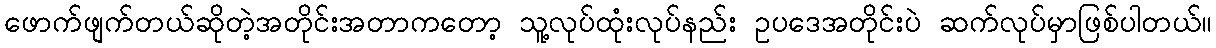
ဖောက်ဖျက်တယ်ဆိုတဲ့အတိုင်းအတာကတော့ သူ့လုပ်ထုံးလုပ်နည်း ဥပဒေအတိုင်းပဲ ဆက်လုပ်မှာဖြစ်ပါတယ်။